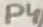
Text: P4